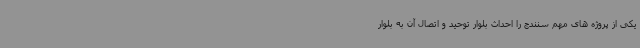
یکی از پروژه های مهم سنندج را احداث بلوار توحید و اتصال آن به بلوار